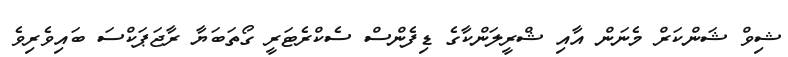
ޝިވް ޝަންކަރް މެނަން އާއި ޝްރީލަންކާގެ ޑިފެންސް ސެކްރެޓަރީ ގޯތަބަޔާ ރާޖަޕަކްސަ ބައިވެރިވެ